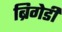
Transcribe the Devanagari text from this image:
ब्रिगेडी